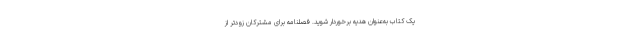
یک کتاب به‌عنوان هدیه برخوردار شوید. فصلنامه برای مشترکان زودتر از